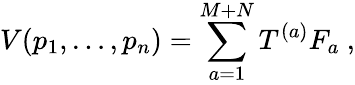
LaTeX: V(p_{1},\ldots,p_{n})=\sum_{a=1}^{M+N}T^{(a)}F_{a}\ ,